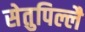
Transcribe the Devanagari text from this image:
सेतुपिल्लै